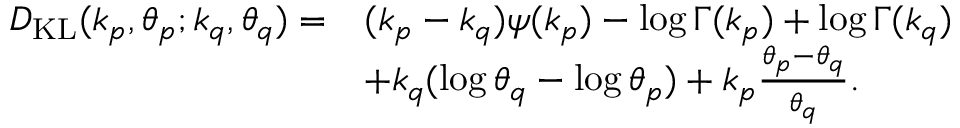
{ \begin{array} { r l } { D _ { \mathrm { K L } } ( k _ { p } , \theta _ { p } ; k _ { q } , \theta _ { q } ) = } & { ( k _ { p } - k _ { q } ) \psi ( k _ { p } ) - \log \Gamma ( k _ { p } ) + \log \Gamma ( k _ { q } ) } \\ & { + k _ { q } ( \log \theta _ { q } - \log \theta _ { p } ) + k _ { p } { \frac { \theta _ { p } - \theta _ { q } } { \theta _ { q } } } . } \end{array} }